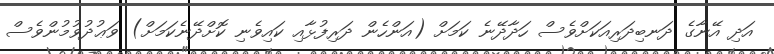
އަދި އޭނާގެ ދަނބިދަރިއަކަށްވެސް ހަދާދޭނެ ކަމަށް (އަންހެން ދަރިފުޅާއި ކައިވެނި ކޮށްދޭނެކަމަށް) ވަޢުދުވުމުންވެސް